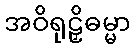
အဝိရုဠှိဓမ္မာ